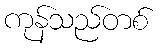
ကုန်သည်တစ်